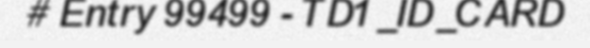
# Entry 99499 - TD1_ID_CARD